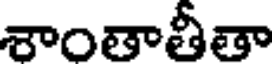
శాంతాతీతా